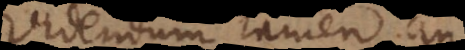
Videndum tamen an